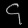
Digit: ၄